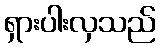
ရှားပါးလှသည်